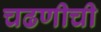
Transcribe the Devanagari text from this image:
चढणीची